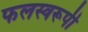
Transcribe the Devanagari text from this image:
फलस्वरूपी